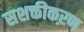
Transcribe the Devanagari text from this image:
सशक्तीकऱण